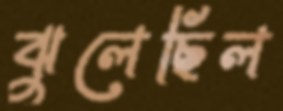
ঝুলেছিল